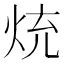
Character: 𭴤